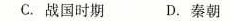
C.战国时期 D.秦朝